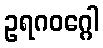
ဥရဂဝဂ္ဂေါ